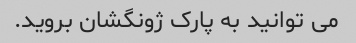
می توانید به پارک ژونگشان بروید.